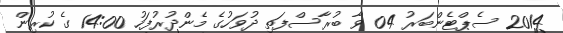
2014 ސެޕްޓެންބަރު 04 ވާ ބުރާސްފަތި ދުވަހުގެ މެންދުރުފަހު 14:00 ގެ ކުރިން